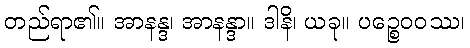
တည်ရာ၏။ အာနန္ဒ၊ အာနန္ဒာ။ ဒါနိ၊ ယခု။ ပဉ္စေဝဝဿ၊